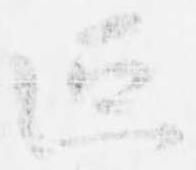
叵